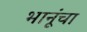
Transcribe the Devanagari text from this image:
भानूंचा